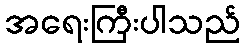
အရေးကြီးပါသည်